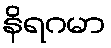
နိရဂမာ